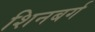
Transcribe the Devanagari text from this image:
शिनबर्ग